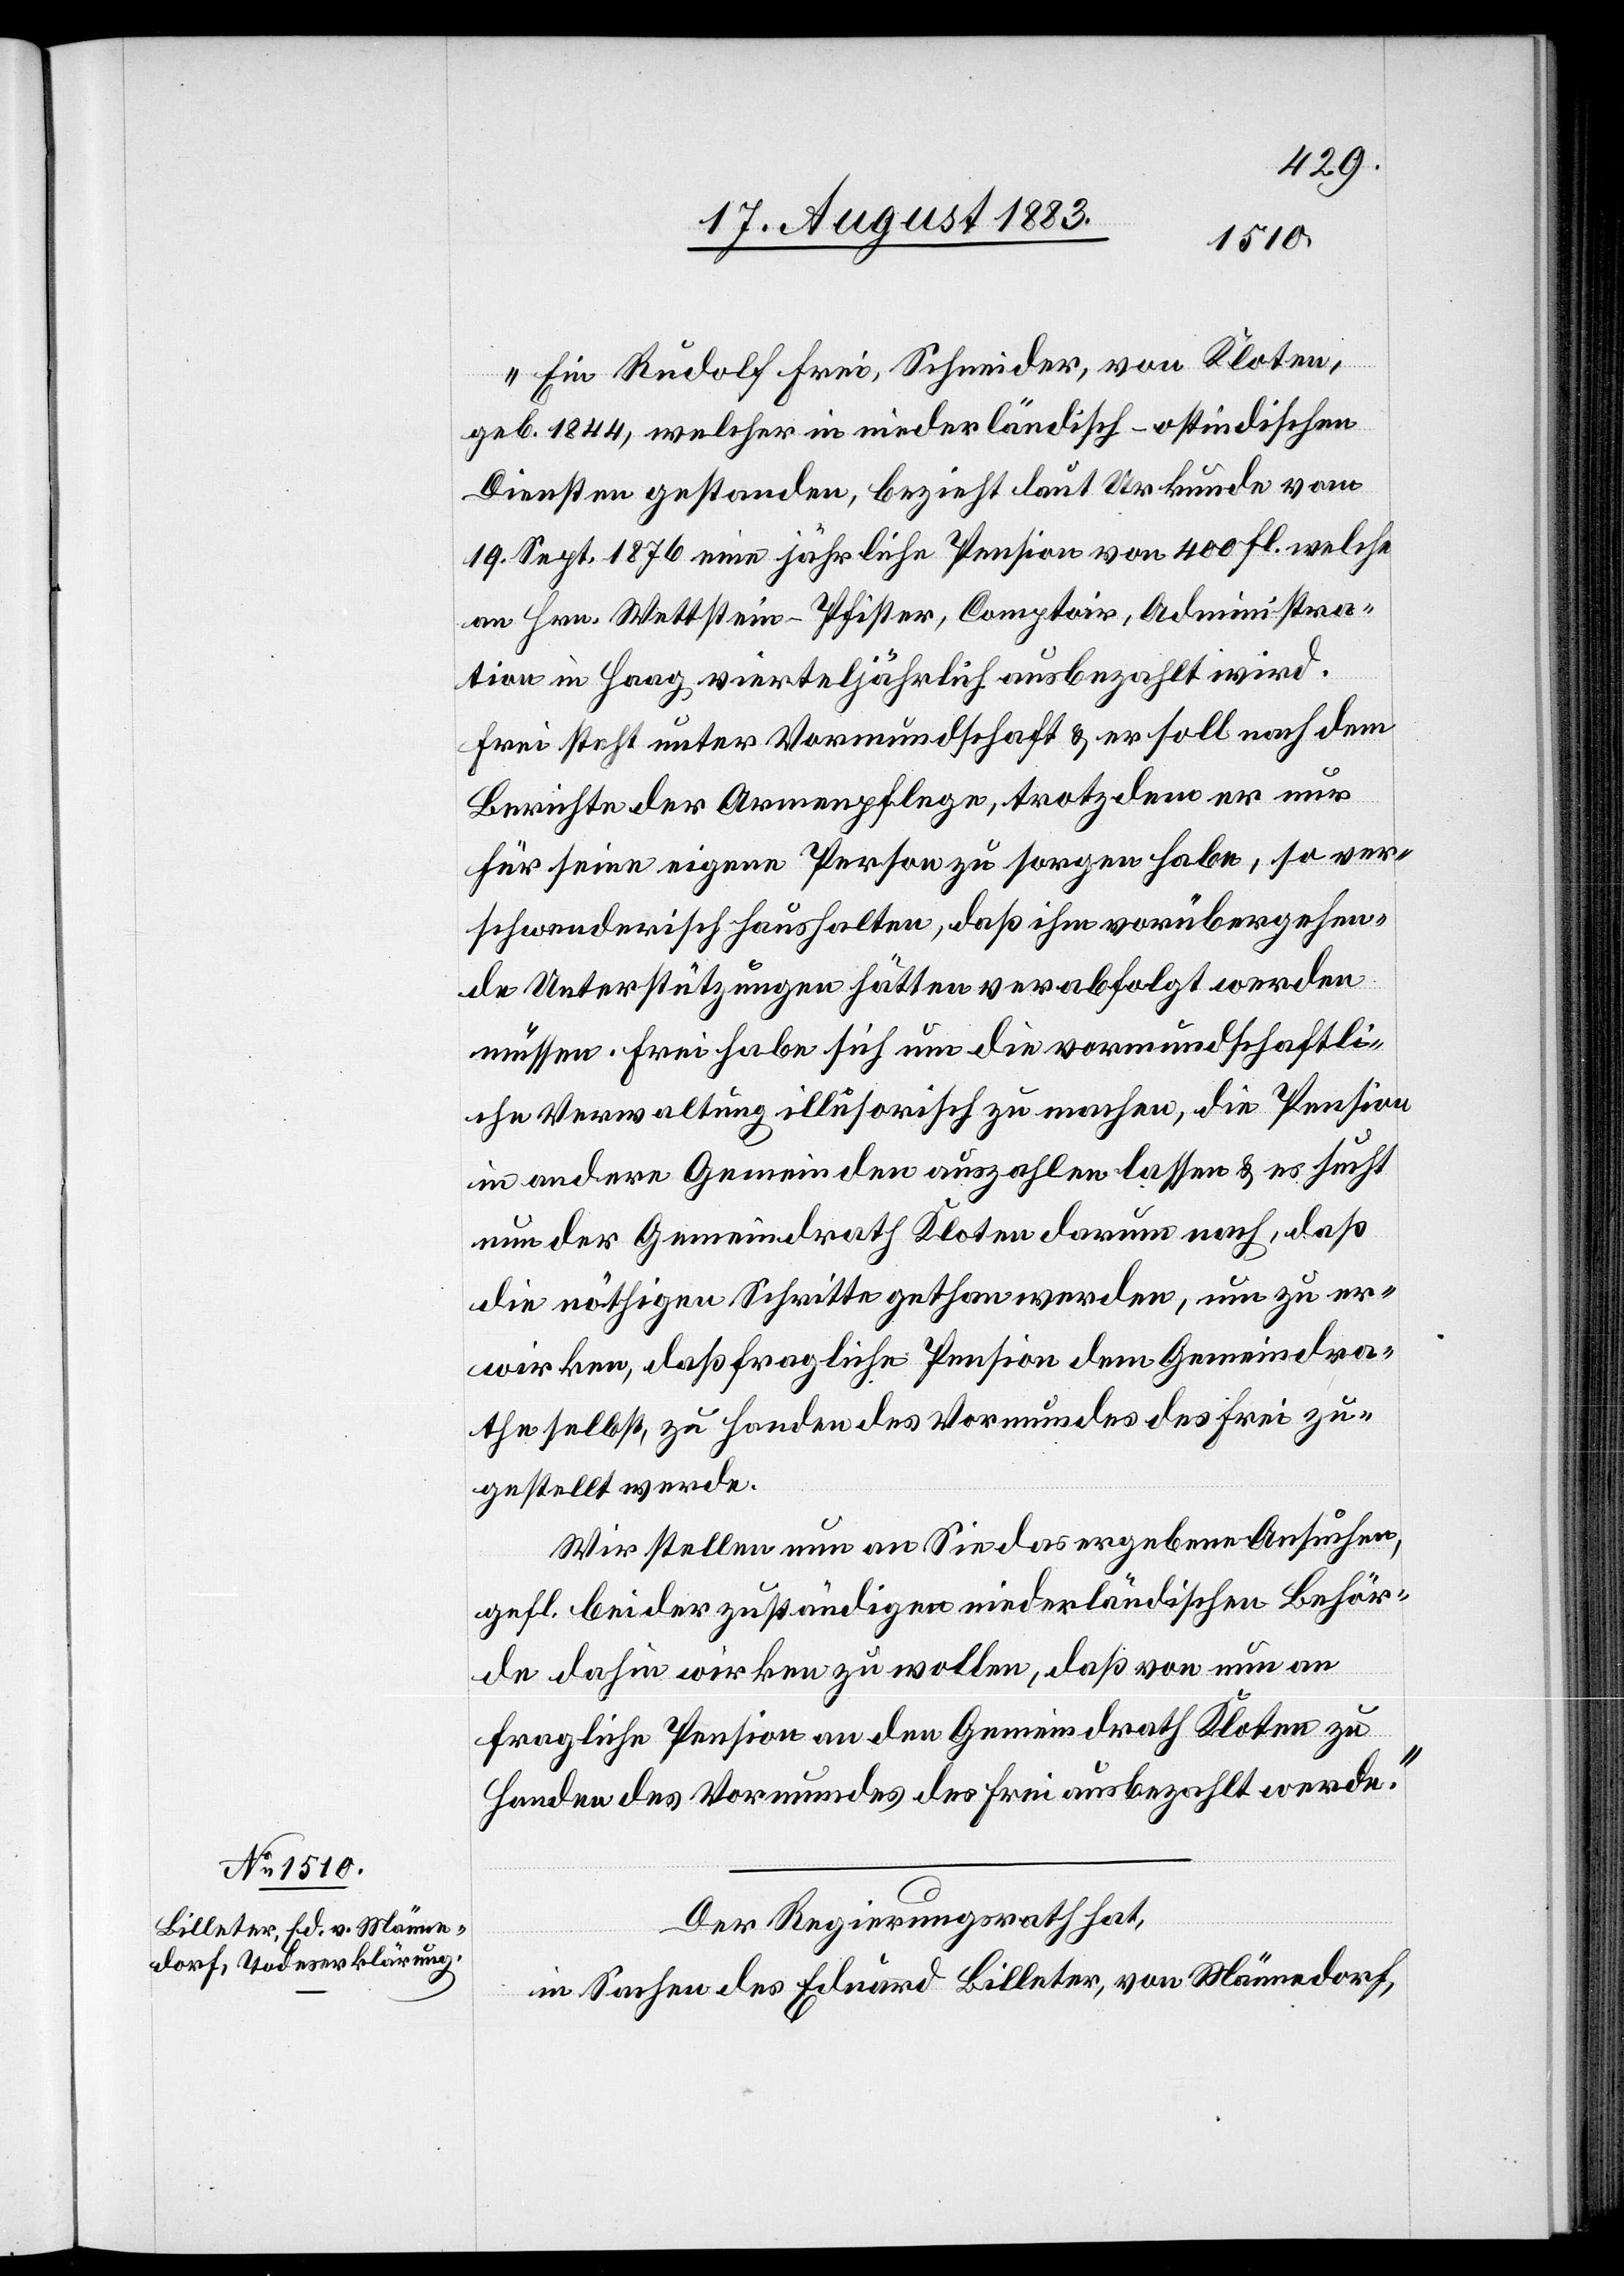
„Ein Rudolf Frei, Schneider, von Kloten,
geb. 1844, welcher in niederländisch-ostindischen
Diensten gestanden, bezieht laut Urkunde vom
19. Sept. 1876 eine jährliche Pension von 400 Fl. welche
an Hrn. Wettstein-Pfister, Comptoir, Administra¬
tion in Haag vierteljährlich ausbezahlt wird.
Frei steht unter Vormundschaft & er soll nach dem
Berichte der Armenpflege, trotzdem er nur
für seine eigene Person zu sorgen habe, so ver¬
schwenderisch haushalten, daß ihm vorübergehen¬
de Unterstützungen hätten verabfolgt werden
müssen. Frei habe sich[,] um die vormundschaftli¬
che Verwaltung illusorisch zu machen, die Pension
in andere Gemeinde auszahlen lassen & es sucht
nun der Gemeindrath Kloten darum nach, daß
die nöthigen Schritte gethan werden, um zu er¬
wirken, daß fragliche Pension dem Gemeindra¬
th selbst, zu Handen des Vormundes des Frei zu¬
gestellt werde.
Wir stellen nun an Sie das ergebene Ansuchen,
gefl. bei der zuständigen niederländischen Behör¬
de dahin wirken zu wollen, daß von nun an
fragliche Pension an den Gemeindrath Kloten zu
Handen des Vormundes des Frei ausbezahlt werde.“
Der Regierungsrath hat,
in Sachen des Eduard Billeter, von Männedorf,